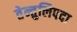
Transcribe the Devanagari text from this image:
तेन्तुलिपदा